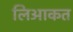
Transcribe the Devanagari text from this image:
लिआकत